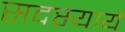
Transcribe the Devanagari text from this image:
सदस्यायें